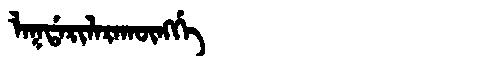
Manchu: ᠯᠠᡴᡩᠠᡵᡳᠯᠠᡵᠠᡴᡡᠩᡤᡝ
Romanization: LAKDARILARAKŪNGGE